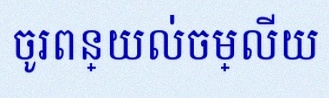
ចូរពន្យល់ចម្លើយ